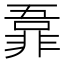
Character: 𬰜